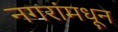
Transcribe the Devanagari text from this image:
नगरांमधून